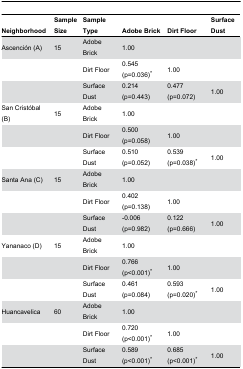
| Neighborhood | Sample Size | Sample Type | Adobe Brick | Dirt Floor | Surface Dust |
 | --- | --- | --- | --- | --- | --- |
 | Ascención (A) | 15 | Adobe Brick | 1.00 |  |  |
 |  |  | Dirt Floor | 0.545 (p=0.036)* | 1.00 |  |
 |  |  | Surface Dust | 0.214 (p=0.443) | 0.477 (p=0.072) | 1.00 |
 | San Cristóbal (B) | 15 | Adobe Brick | 1.00 |  |  |
 |  |  | Dirt Floor | 0.500 (p=0.058) | 1.00 |  |
 |  |  | Surface Dust | 0.510 (p=0.052) | 0.539 (p=0.038)* | 1.00 |
 | Santa Ana (C) | 15 | Adobe Brick | 1.00 |  |  |
 |  |  | Dirt Floor | 0.402 (p=0.138) | 1.00 |  |
 |  |  | Surface Dust | -0.006 (p=0.982) | 0.122 (p=0.666) | 1.00 |
 | Yananaco (D) | 15 | Adobe Brick | 1.00 |  |  |
 |  |  | Dirt Floor | 0.766 (p<0.001)* | 1.00 |  |
 |  |  | Surface Dust | 0.461 (p=0.084) | 0.593 (p=0.020)* | 1.00 |
 | Huancavelica | 60 | Adobe Brick | 1.00 |  |  |
 |  |  | Dirt Floor | 0.720 (p<0.001)* | 1.00 |  |
 |  |  | Surface Dust | 0.589 (p<0.001)* | 0.685 (p<0.001)* | 1.00 |